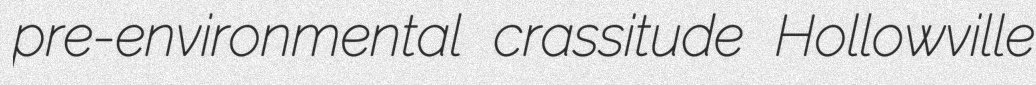
pre-environmental crassitude Hollowville